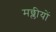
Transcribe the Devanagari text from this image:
मछ्लीयों